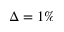
\Delta = 1 \%